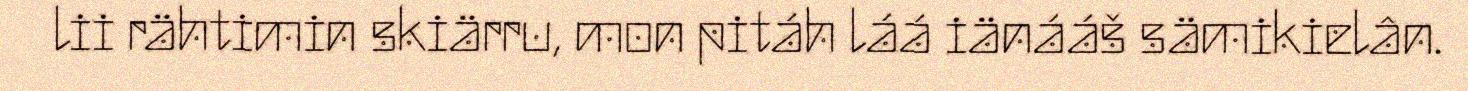
lii rähtimin skiärru, mon pitáh láá iänááš sämikielân.